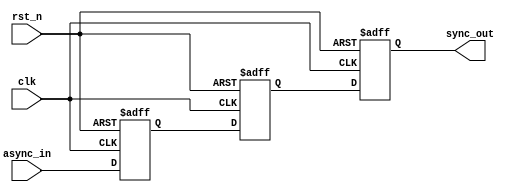
module master_slave_ff_synchronizer (
    input wire clk,          // Clock signal
    input wire rst_n,       // Active low reset signal
    input wire async_in,    // Asynchronous input signal
    output reg sync_out      // Synchronized output signal
);

    // Internal signals for master and slave flip-flops
    reg master_ff;
    reg slave_ff;

    // Master Flip-Flop: Captures the input signal on the rising edge of the clock
    always @(posedge clk or negedge rst_n) begin
        if (!rst_n) begin
            master_ff <= 1'b0; // Reset master flip-flop
        end else begin
            master_ff <= async_in; // Capture async input
        end
    end

    // Slave Flip-Flop: Captures the output of the master flip-flop on the falling edge of the clock
    always @(negedge clk or negedge rst_n) begin
        if (!rst_n) begin
            slave_ff <= 1'b0; // Reset slave flip-flop
        end else begin
            slave_ff <= master_ff; // Capture master output
        end
    end

    // Output assignment
    always @(posedge clk or negedge rst_n) begin
        if (!rst_n) begin
            sync_out <= 1'b0; // Reset output
        end else begin
            sync_out <= slave_ff; // Output synchronized signal
        end
    end

endmodule